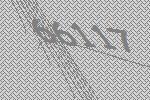
66117